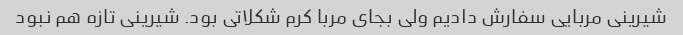
شیرینی مربایی سفارش دادیم ولی بجای مربا کرم شکلاتی بود. شیرینی تازه هم نبود